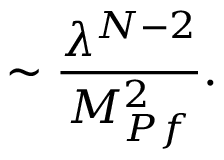
\sim { \frac { \lambda ^ { N - 2 } } { M _ { P f } ^ { 2 } } } .